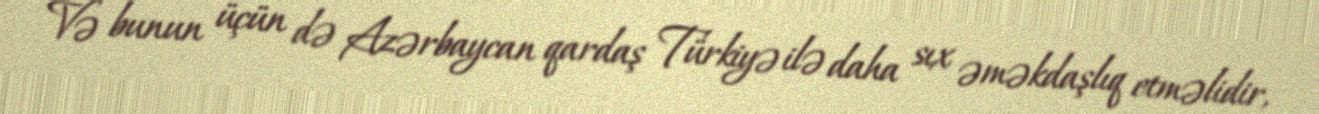
Və bunun üçün də Azərbaycan qardaş Türkiyə ilə daha sıx əməkdaşlıq etməlidir,